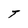
Character: T